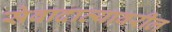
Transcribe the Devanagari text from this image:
सेवादात्यावरील